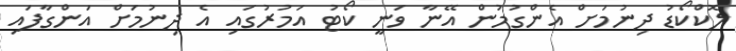
ލޮކްކޯޑު ދިނުމަށް އެންގުމުން އޭނާ ވަނީ ކޯޓު އަމުރުގައި އެ ދިނުމަށް އަންގާފައި